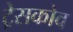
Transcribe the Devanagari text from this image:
ट्रेसकोव